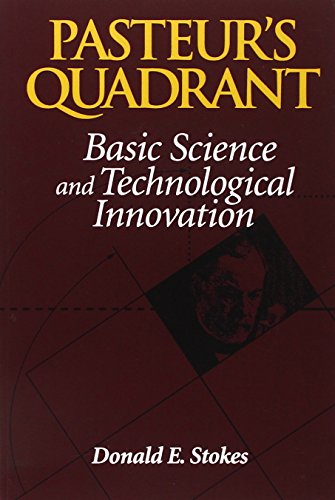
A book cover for Pasteur's Quadrant: Basic Science and Technological Innovation; Donald E. Stokes; Science & Math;